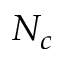
N _ { c }